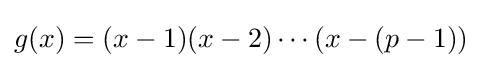
g(x)=(x-1)(x-2)\cdots (x-(p-1))